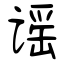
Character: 谣